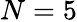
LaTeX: N=5